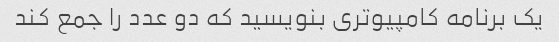
یک برنامه کامپیوتری بنویسید که دو عدد را جمع کند